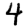
Digit: 4